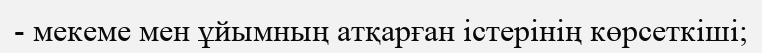
- мекеме мен ұйымның атқарған істерінің көрсеткіші;